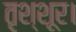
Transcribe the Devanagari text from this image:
तृश्शूर।